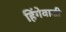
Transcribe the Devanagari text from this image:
हिंगेवाडी